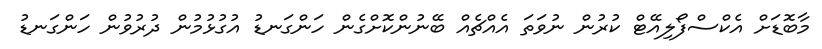
މާބޮޑަށް އެކްސްފޯލިއޭޓް ކުރުން ނުވަތަ އެއްޗެއް ބޭނުންކޮށްގެން ހަންގަނޑު އުގުޅުމުން ދުރުވުން ހަންގަނޑު